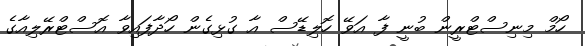
ހޯމް މިނިސްޓްރީން ބުނީ ފާ އަވޭ ހޮލިޑޭސް އާ ގުޅިގެން ހޯދާފައިވާ އޮސްޓްރޭލިއާގެ